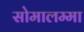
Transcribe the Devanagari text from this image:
सोमालम्मा